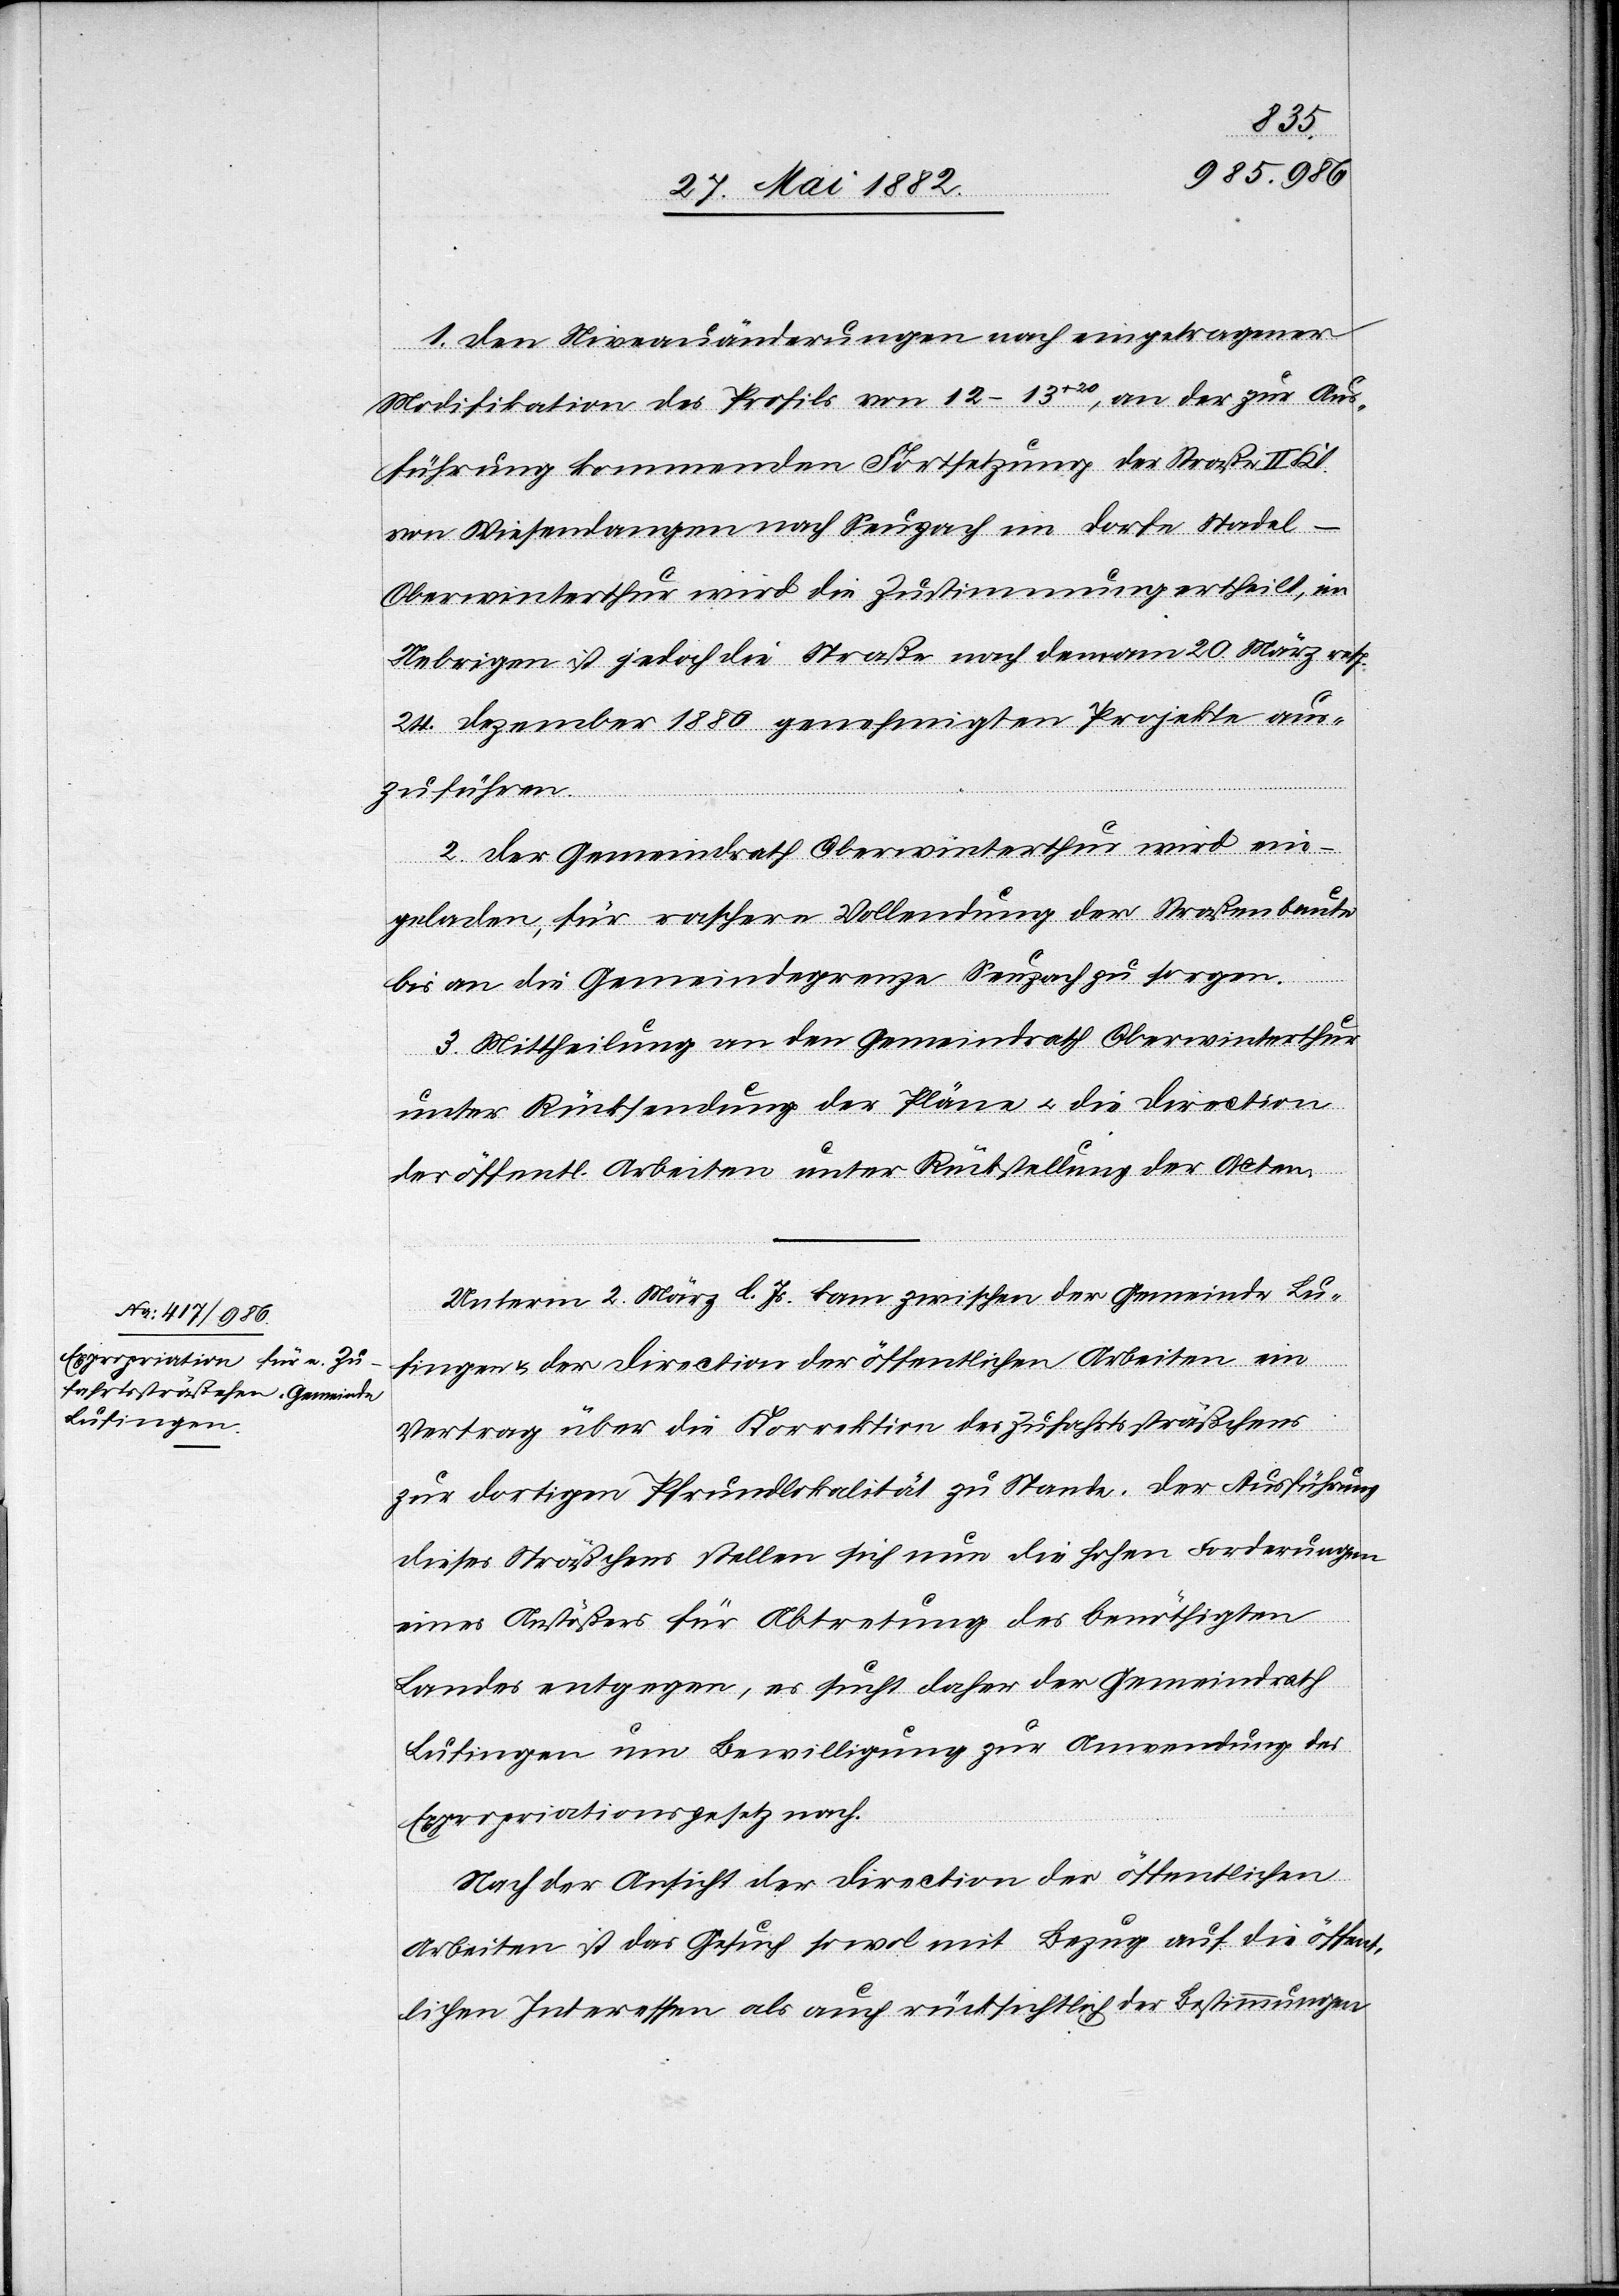
1. Den Niveauänderungen nach eingetragener
Modifikation des Profils von 12–13+20, an der zur Aus¬
führung kommenden Fortsetzung der Straße II.
von Wiesendangen nach Seuzach im Dorfe Stadel
Oberwinterthur wird die Zustimmung ertheilt, im
Uebrigen ist jedoch die Straße nach dem am 20. März resp.
24. Dezember 1880 genehmigten Plane aus¬
zuführen.
2. Der Gemeindrath Oberwinterthur wird ein¬
geladen, für raschere Vollendung der Straßenbaute
bis an die Gemeindegrenze Seuzach zu sorgen.
3. Mittheilung an den Gemeindrath Oberwinterthur
unter Rücksendung der Pläne u. die Direction
der öffentl. Arbeiten unter Rückstellung der Acten.
Unterm 2. März l. Js. kam zwischen der Gemeinde Lu¬
fingen & der Direction der öffentlichen Arbeiten ein
Vertrag über die Korrektion des Zufahrtssträßchens
zur dortigen Pfrundlokalität zu Stande. Der Ausführung
dieses Sträßchens stellen sich nun die hohen Forderungen
eines Anstößers für die Abtretung des benöthigten
Landes entgegen, es sucht daher der Gemeindrath
Lufingen um Bewilligung zu Anwendung des
Expropriationsgesetz[es] nach.
Nach der Ansicht der Direction der öffentlichen
Arbeiten ist das Gesuch sowol mit Bezug auf die öffent¬
lichen Interessen als auch rücksichtlich der Bestimmungen